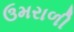
ઉમરાળી